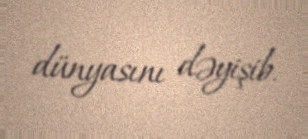
dünyasını dəyişib.